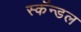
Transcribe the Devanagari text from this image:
स्कॅन्डल